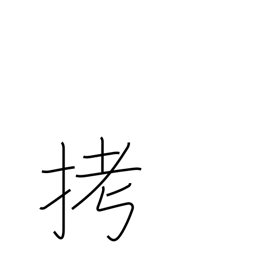
Meaning: torture